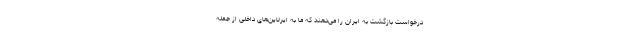
درخواست بازگشت به ایران را می‌دهند که ما به ایرلاین‌های داخلی از جمله